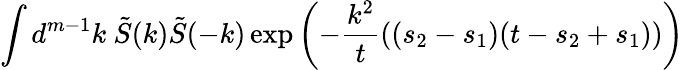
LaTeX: \int d^{m-1}k\ \tilde{S}(k)\tilde{S}(-k)\exp\left(-\frac{k^{2}}{t}((s_{2}-s_{1})(t-s_{2}+s_{1}))\right)